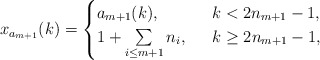
\begin{align*}x_{a_{m+1}}(k)=\begin{cases} a_{m+1}(k), \ & \ k< 2n_{m+1}-1,\\1+\sum\limits_{i\le m+1} n_i, \ & \ k\ge 2n_{m+1}-1,\end{cases}\end{align*}